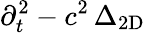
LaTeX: \partial_{t}^{2}-c^{2}\, \Delta_{\mathrm{2D}}